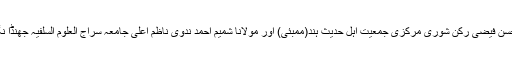
صدارت قاری نجم الحسن فیضی رکن شوریٰ مرکزی جمعیت اہل حدیث ہند(ممبئی) اور مولانا شمیم احمد ندوی ناظم اعلیٰ جامعہ سراج العلوم السلفیہ جھنڈا نگر نیپال نے فرمائی ۔